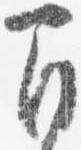
間